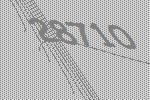
28710